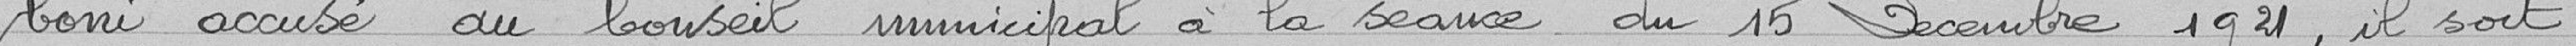
boni accusé au conseil municipal à la séance du 15 décembre 1921, il soit